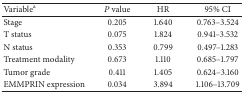
<table><thead><tr><td><b>Variable<sup>a</sup></b></td><td><b><i>P</i> value</b></td><td><b>HR</b></td><td><b>95% CI</b></td></tr></thead><tbody><tr><td>Stage</td><td>0.205</td><td>1.640</td><td>0.763–3.524</td></tr><tr><td>T status</td><td>0.075</td><td>1.824</td><td>0.941–3.532</td></tr><tr><td>N status</td><td>0.353</td><td>0.799</td><td>0.497–1.283</td></tr><tr><td>Treatment modality</td><td>0.673</td><td>1.110</td><td>0.685–1.797</td></tr><tr><td>Tumor grade</td><td>0.411</td><td>1.405</td><td>0.624–3.160</td></tr><tr><td>EMMPRIN expression</td><td>0.034</td><td>3.894</td><td>1.106–13.709</td></tr></tbody></table>